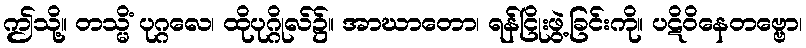
ဤသို့။ တသ္မိံ ပုဂ္ဂလေ၊ ထိုပုဂ္ဂိုလ်၌။ အာဃာတော၊ ရန်ငြိုးဖွဲ့ခြင်းကို။ ပဋိဝိနေတဗ္ဗော၊